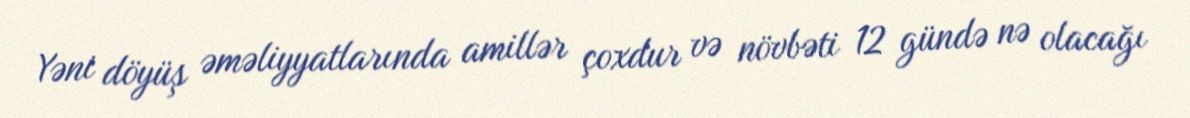
Yəni döyüş əməliyyatlarında amillər çoxdur və növbəti 12 gündə nə olacağı